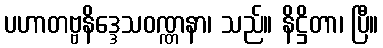
ပဟာတဗ္ဗနိဒ္ဒေသဝဏ္ဏနာ၊ သည်။ နိဋ္ဌိတာ၊ ပြီ။